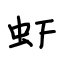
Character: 虾